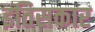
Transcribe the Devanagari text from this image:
इतिसकार